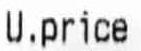
U.PRICE